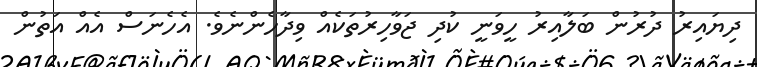
ދިޔައިރު ދުރުން ބަލާއިރު ހީވަނީ ކުދި ޖަވާހިރުތަކެއް ވިދާހެންނެވެ. އެހެނަސް އެއް އަތުން